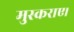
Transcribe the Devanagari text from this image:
मुस्कराए।